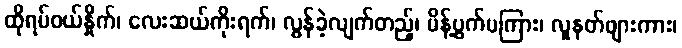
ထိုရပ်ဝယ်နှိုက်၊ လေးဆယ်ကိုးရက်၊ လွန်ခဲ့လျက်တည့်၊ မိန့်ပွက်မကြား၊ လူနတ်ဖျားကား၊